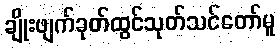
ချိုးဖျက်ခုတ်ထွင်သုတ်သင်တော်မူ